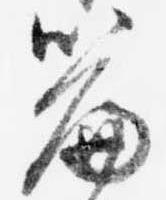
篇